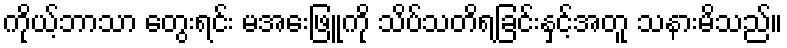
ကိုယ့်ဘာသာ တွေးရင်း မအေးဖြူကို သိပ်သတိရခြင်းနှင့်အတူ သနားမိသည်။